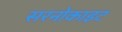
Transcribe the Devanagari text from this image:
सरनोकाइट